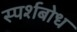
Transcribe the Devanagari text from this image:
स्पर्शबोध